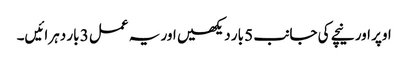
اوپر اور نیچے کی جانب 5 بار دیکھیں اور یہ عمل 3 بار دہرائیں۔